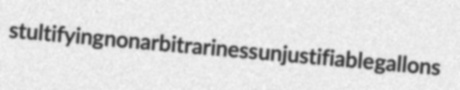
stultifying nonarbitrariness unjustifiable gallons